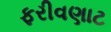
ફરીવણાટ